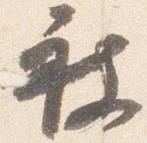
被